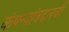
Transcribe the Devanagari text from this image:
कंपन्यांबद्दलची